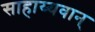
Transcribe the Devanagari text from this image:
साहाय्यवान्